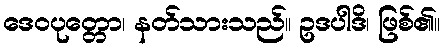
ဒေဝပုတ္တော၊ နတ်သားသည်။ ဥဒပါဒိ၊ ဖြစ်၏။